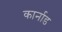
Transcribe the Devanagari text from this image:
कार्नाड